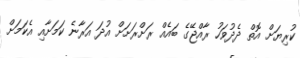
ކުރިޔަށް އޮތް ދެދުވަހު ރާއްޖޭގެ ބައެއް ރަށްރަށަށް އުދަ އަރާނެ ކަމަށާއި އެކަމަށް